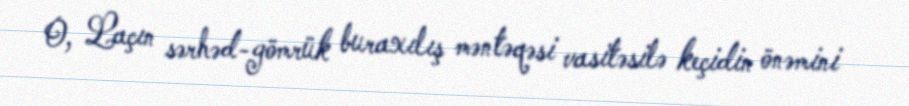
O, Laçın sərhəd-gömrük buraxılış məntəqəsi vasitəsilə keçidin önəmini